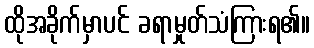
ထိုအခိုက်မှာပင် ခရာမှုတ်သံကြားရ၏။